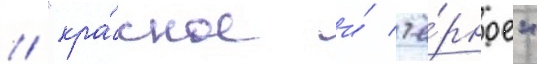
// "кра́сное и́ чё́рное"